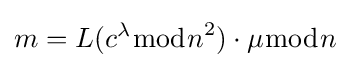
m=L(c^{\lambda }{\bmod {n}}^{2})\cdot \mu {\bmod {n}}